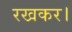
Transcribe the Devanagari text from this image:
रखकर।